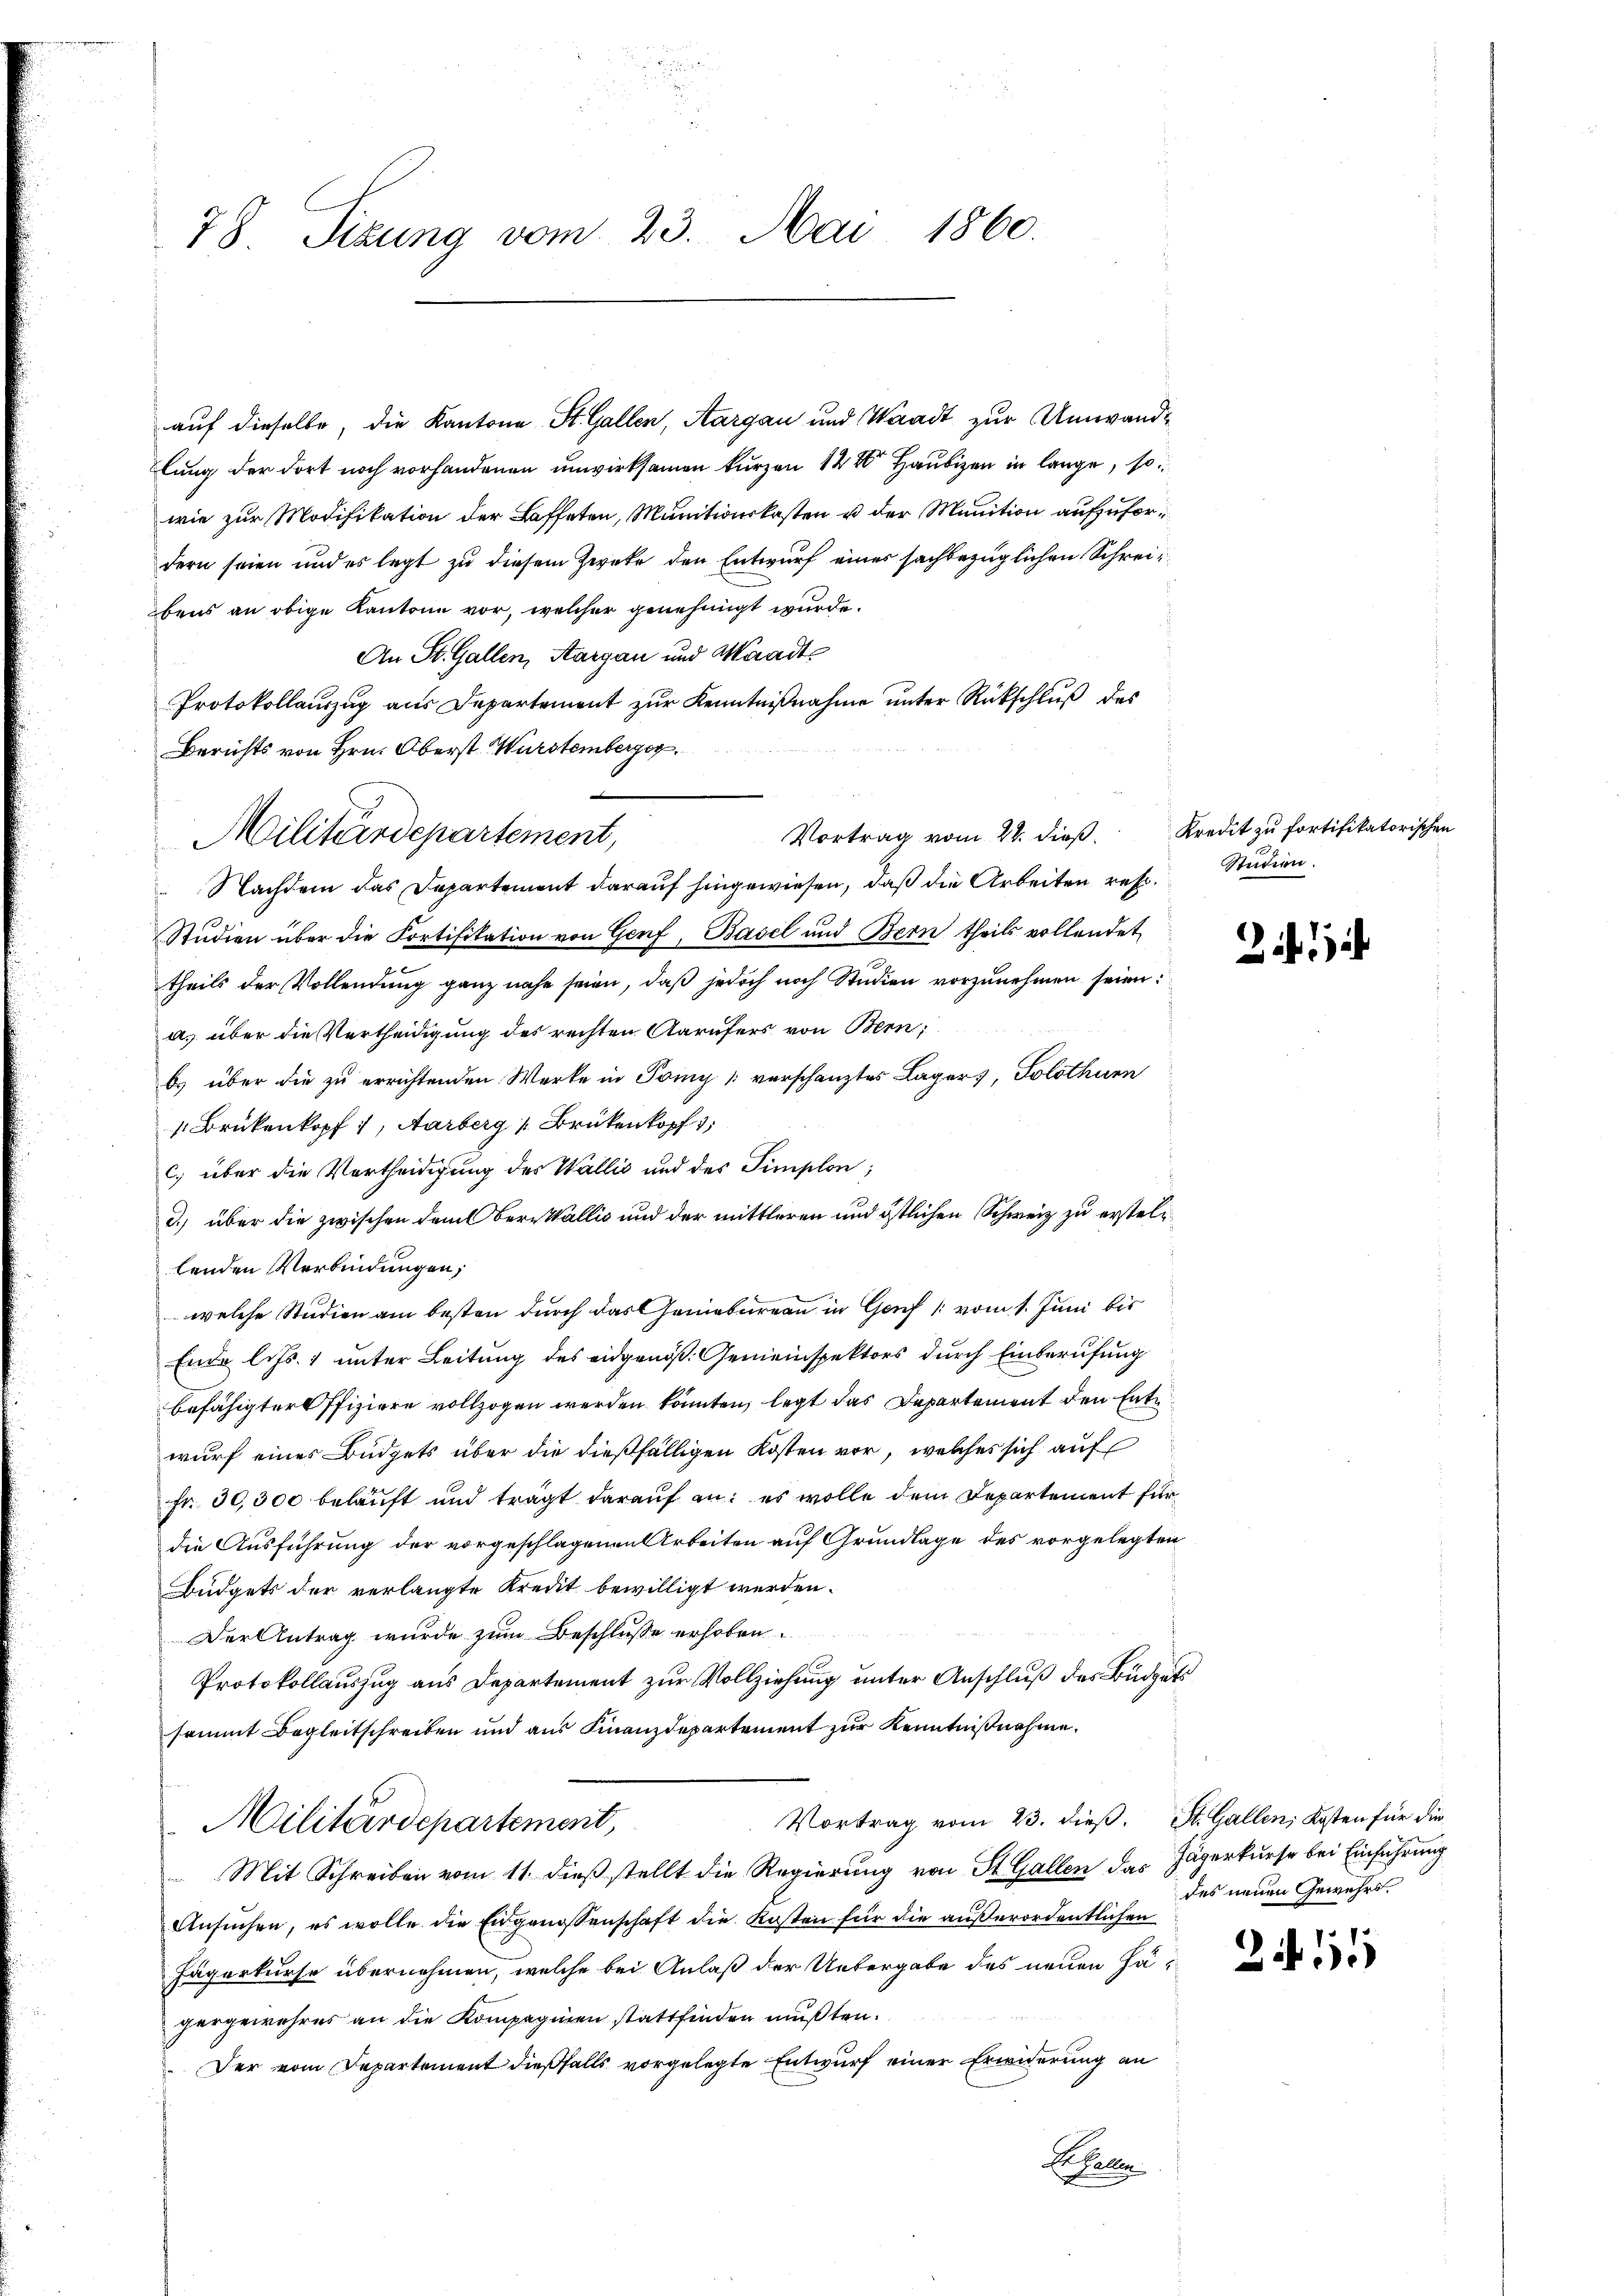
78. Sizung vom 23. Mai 1860.

lung der dort noch vorhandenen unwirksamen kurzen 142 Haubigen in lange, so
wie zur Modifikation der Laffeten, Munitionskosten u der Munition aufzufordern seien und es legt zu diesem Zweke den Entwurf einer sachbezüglichen Schreibens an obige Kantone vor, welcher genehmigt wurde.
An St. Gallen, Aargau und Waadt
Protokollauszug aus Departement zur Kenntnißnahme unter Rückschluß des
Berichts von Hrn. Oberst Wurstemberger
 Nachdem das Departement darauf hingewiesen, daß die Arbeiten res Studien
Studien über die Portifikation von Genf, Basel und Bern theils vollendet
theils der Vollendung ganz nahe seien, daß jedoch noch Studien vorzunehmen seien:
a. über die Vertheidigung des rechten Aarufers von Bern,
b.) über die zu errichtenden Werke in Tomy verschanztes Lagers, Solothurn
Brükenkopf 1, Aarberg [Brükenkopf 1
c) über die Vortheidigung des Wallis und des Simplon;
d.) über die zwischen dem Obern Wallis und der mittleren und östlichen Schweiz zu erstellenden Verbindungen;
welche Studien am besten durch das Genebureau in Genf (vom 1. Juni bis
Ende l. Js. 1 unter Leitung des eidgenöß. Gemeinspektors durch Einberufung
befähigter Pfiziere vollzogen werden könnten, legt das Departement den Entwurf eines Büdgets über die dießfälligen Kosten vor, welches sich auf
fr. 30,300 beläuft und trägt darauf an: es wolle dem Departement für
die Ausführung der vorgeschlagenen Arbeiten auf Grundlage des vorgelegten
Büdgets der verlangte Kredit bewilligt werden.
Der Antrag wurde zum Beschluße erhoben.
Protokollauszug aus Departement zur Vollziehung unter Anschluß des Büdgets
sammt Begleitschreiben und aus Finanzdepartement zur Kenntnißnahme.
Vortrag vom 23. dieß. St. Gallen, Kosten für die
Militärdepartement,
 Mit Schreiben vom 11. dieß stellt die Regierung von St. Gallen das Jägerkurse bei Einführung
Ansuchen, es wolle die Eidgenossenschaft die Kosten für die außerordentlichen
Fägerkurse übernehmen, welche bei Anlaß der Uebergabe des neuen Hägergewehres an die Kompagnien stattfinden mußten.
Der vom Departement dießfalls vorgelegte Entwurf einer Erwiderung an
Basalle

b
Vortrag vom 22. dieß.
Militärdepartement,

auf dieselbe, die Kantone St. Gallen, Aargau und Waadt zur Umwand¬

Kredit zu fortifikatorischen

1

des neuen Gewehrs.

211